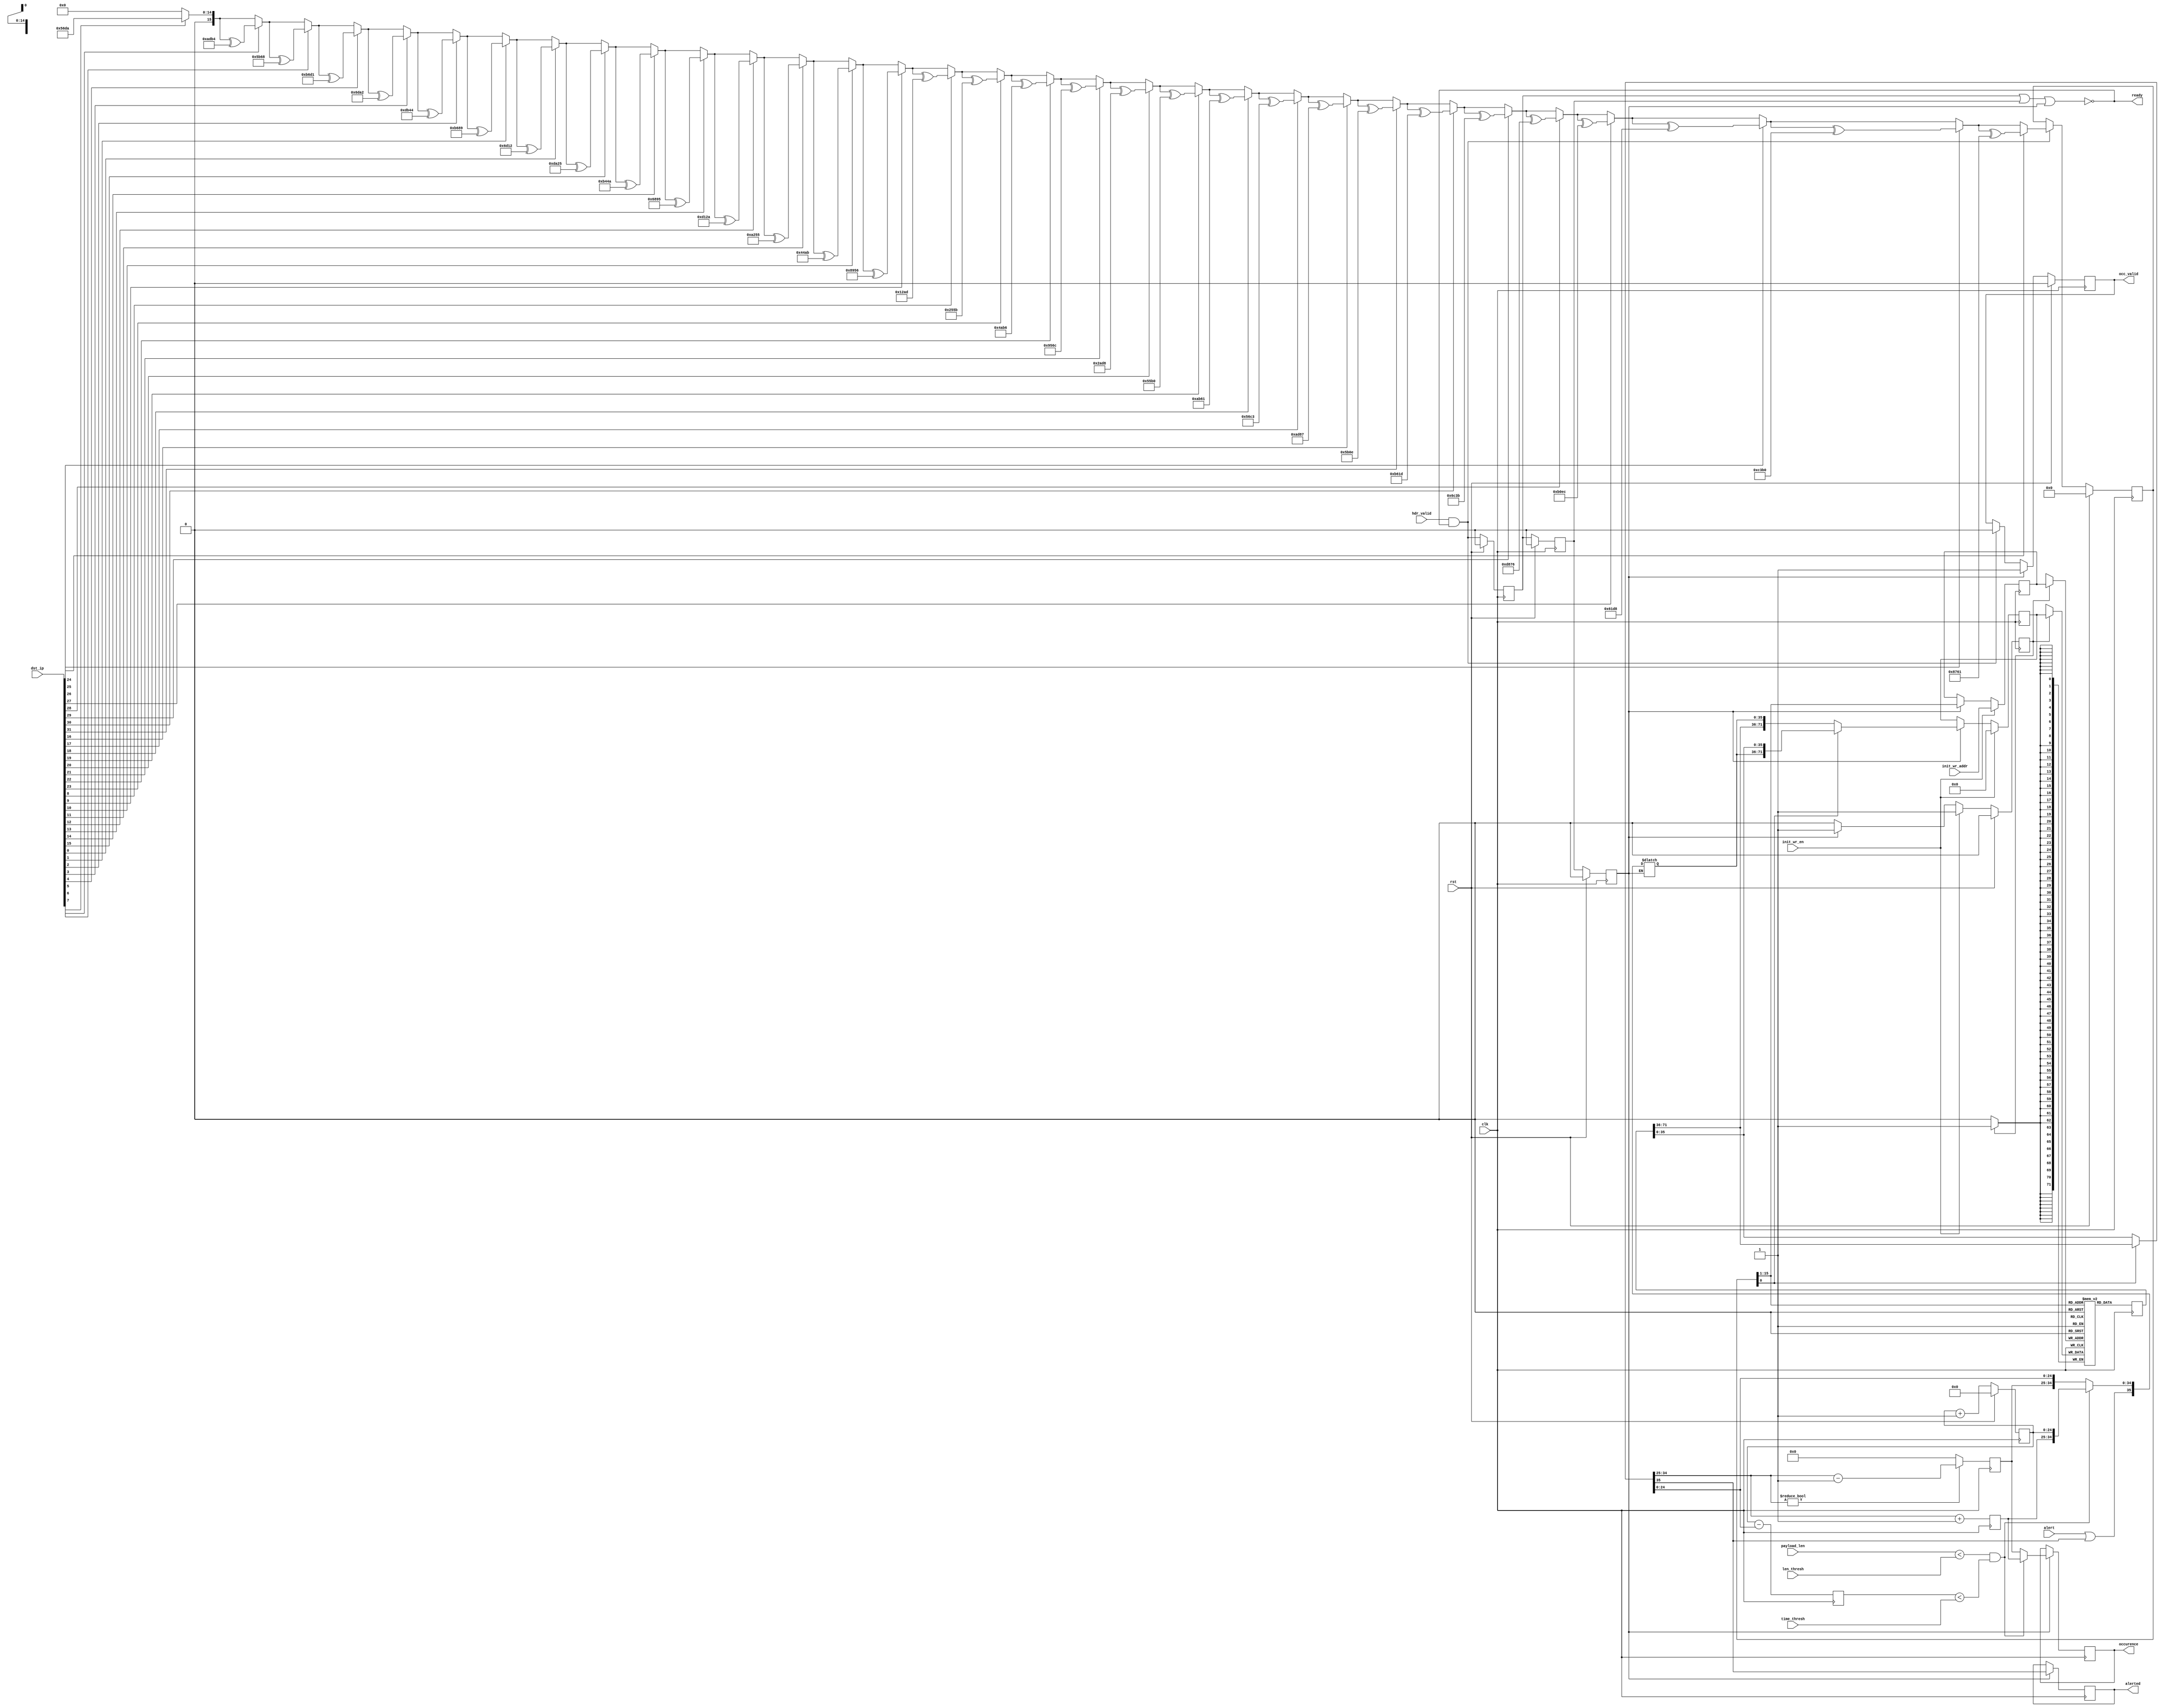
module ddos_detector # (
  // TIME_WIDTH+CNT_WIDTH+1 should be 36 at most
  parameter TIME_WIDTH = 25,
  parameter CNT_WIDTH  = 10,
  parameter HASH_BITS  = 16
) (
  input  wire                  clk,
  input  wire                  rst,

  input  wire [15:0]           len_thresh,
  input  wire [TIME_WIDTH-1:0] time_thresh,
  input  wire                  alert,

  input  wire [31:0]           dst_ip,
  input  wire [15:0]           payload_len,
  input  wire                  hdr_valid,
  output wire                  ready,

  input  wire [HASH_BITS-2:0]  init_wr_addr,
  input  wire                  init_wr_en,

  output reg  [CNT_WIDTH-1:0]  occurence,
  output reg                   alerted,
  output reg                   occ_valid
);

  localparam LINE_WIDTH = TIME_WIDTH + CNT_WIDTH + 1;
  localparam URAM_WIDTH = 2 * LINE_WIDTH;
  localparam HASH_WIDTH = 4;

  // Hash of destination IP
  function [31:0] hash_toep(input [HASH_WIDTH*8-1:0] data, input [5:0] len, input [(HASH_WIDTH+4)*8-1:0] key);
    integer i, j;
    hash_toep = 0;

    for (i = 0; i < len; i = i + 1)
      for (j = 0; j < 8; j = j + 1)
        if (data[i*8 + (7-j)])
          hash_toep = hash_toep ^ key[(HASH_WIDTH+4)*8 - 32 - i*8 - j +: 32];
  endfunction

  wire [31:0] hash_raw = hash_toep(dst_ip, HASH_WIDTH, 64'h6d5a56da255b0ec2);

  reg [HASH_BITS-1:0] hash;

  always @ (posedge clk) begin
    if (hdr_valid && ready)
      hash <= hash_raw[HASH_BITS-1:0];

    if (rst)
      hash <= {HASH_BITS{1'b0}};
  end

  // 25 bit Timer
  reg [TIME_WIDTH-1:0] timer;
  always @ (posedge clk)
    if (rst)
      timer <= {TIME_WIDTH{1'b0}};
    else
      timer <= timer +{{(TIME_WIDTH-1){1'b0}}, 1'b1};

  // Memory read
  (* ram_style = "ultra" *)
  reg [URAM_WIDTH-1:0] mem [0:(1<<(HASH_BITS-1))-1];
  reg [URAM_WIDTH-1:0] mem_rd_r;

  wire [TIME_WIDTH-1:0] last_ts;
  wire [CNT_WIDTH-1:0]  counter;
  wire                  in_alert;

  always @ (posedge clk)
    mem_rd_r <= mem[hash[HASH_BITS-1:1]];

  assign {in_alert, counter, last_ts} = hash[0] ? mem_rd_r[URAM_WIDTH-1:LINE_WIDTH] : mem_rd_r [LINE_WIDTH-1:0];

  // Compute statistics
  reg [TIME_WIDTH:0]  time_diff;
  reg [CNT_WIDTH-1:0] counter_plus;
  reg [CNT_WIDTH-1:0] counter_minus;
  reg                 hdr_valid_r, hdr_valid_rr, hdr_valid_rrr;

  always @ (posedge clk) begin
    // MSB will be cut off
    time_diff     <= {1'b1, timer} - {1'b0, last_ts};
    counter_plus  <= counter + {{(CNT_WIDTH-1){1'b0}}, 1'b1};

    if (counter != {CNT_WIDTH{1'b0}})
      counter_minus <= counter - {{(CNT_WIDTH-1){1'b0}}, 1'b1};
    else
      counter_minus <= {CNT_WIDTH{1'b0}};

    hdr_valid_r   <= hdr_valid && ready;
    hdr_valid_rr  <= hdr_valid_r;
    hdr_valid_rrr <= hdr_valid_rr;

    if (rst) begin
      hdr_valid_r   <= 1'b0;
      hdr_valid_rr  <= 1'b0;
      hdr_valid_rrr <= 1'b0;
    end
  end

  wire small_pkt = (payload_len < len_thresh);
  wire short_int = (time_diff[TIME_WIDTH-1:0] < time_thresh);

  reg [LINE_WIDTH-1:0] new_line;

  // hash and read value doesn't change, so we can reuse
  always @(*) begin
    if (hdr_valid_rrr)
      if (small_pkt && short_int)
        new_line = {(alert||in_alert), counter_plus, timer};
      else
        new_line = {(alert||in_alert), counter_minus, last_ts};
  end

  assign ready = ! (hdr_valid_r || hdr_valid_rr || hdr_valid_rrr);

  // Memory write
  reg [URAM_WIDTH-1:0] wr_data;
  reg [HASH_BITS-2:0]  wr_addr;
  reg                  wr_en;

  always @ (posedge clk) begin
    wr_en <= 1'b0;

    if (init_wr_en) begin
      wr_data <= {URAM_WIDTH{1'b0}};
      wr_addr <= init_wr_addr;
      wr_en   <= 1'b1;
    end else if (hdr_valid_rrr) begin
      wr_data <= hash[0] ? {new_line, mem_rd_r [LINE_WIDTH-1:0]}:
                   {mem_rd_r[URAM_WIDTH-1:LINE_WIDTH], new_line};
      wr_addr <= hash[HASH_BITS-1:1];
      wr_en   <= 1'b1;
    end

    if (wr_en)
      mem[wr_addr] <= wr_data;

    if (rst)
      wr_en <= 1'b0;
  end

  // Generate output
  always @(posedge clk) begin
    if (hdr_valid_rrr) begin
      alerted   <= in_alert;
      occ_valid <= 1'b1;
      if (small_pkt && short_int)
        occurence <= counter_plus;
      else
        occurence <= counter_minus;
    end else if (hdr_valid && ready) begin
      occ_valid <= 1'b0;
    end

    if (rst)
      occ_valid <= 1'b0;
  end

endmodule